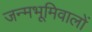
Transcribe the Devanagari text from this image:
जन्मभूमिवालों